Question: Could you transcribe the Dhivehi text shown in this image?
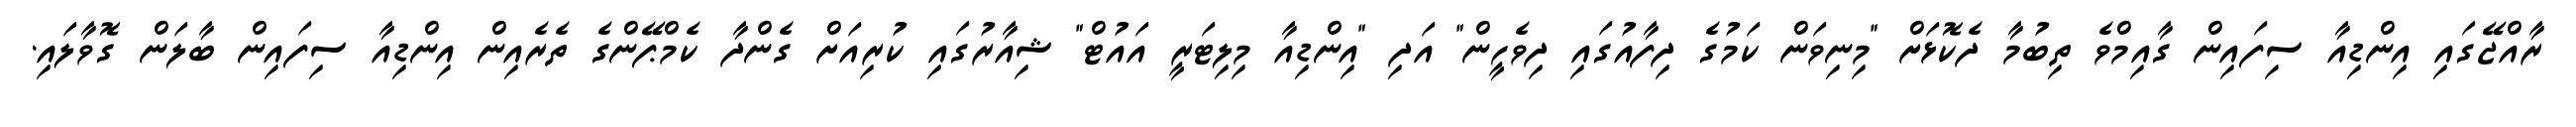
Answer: ރާއްޖޭގައި އިންޑިއާ ސިފައިން ގާއިމްވެ ތިބުމާ ދެކޮޅަށް "މިނިވަން ކަމުގެ ދިފާއުގައި ދިވެހީން" އަދި "އިންޑިއާ މިލިޓަރީ އައުޓް" ޝިއާރުގައި ކުރިއަށް ގެންދާ ކެމްޕޭންގެ ތެރެއިން އިންޑިއާ ސިފައިން ބާލަން ގޮވާލައި.